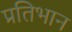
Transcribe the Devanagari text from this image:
प्रतिभान